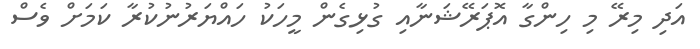
އަދި މިރޭ މި ހިންގާ އޮޕަރޭޝަނާއި ގުޅިގެން މީހަކު ހައްޔަރުނުކުރާ ކަމަށް ވެސް